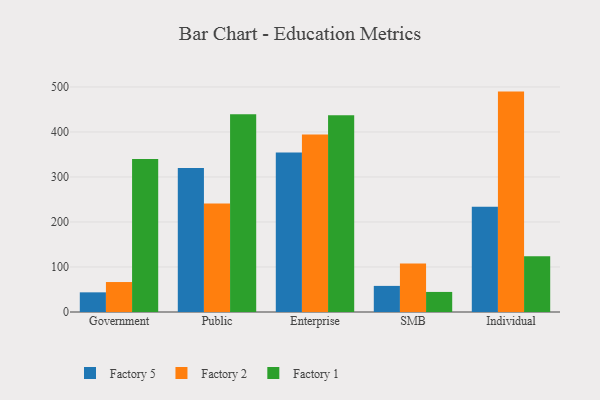
{"axis": {"x": "Segment", "y": "Waste Production (Tons)"}, "legend": ["Factory 1", "Factory 2", "Factory 5"], "data": [{"x": "Government", "y": 43.7, "type": "Factory 5"}, {"x": "Government", "y": 66.6, "type": "Factory 2"}, {"x": "Government", "y": 340.1, "type": "Factory 1"}, {"x": "Public", "y": 319.9, "type": "Factory 5"}, {"x": "Public", "y": 240.9, "type": "Factory 2"}, {"x": "Public", "y": 439.7, "type": "Factory 1"}, {"x": "Enterprise", "y": 354.5, "type": "Factory 5"}, {"x": "Enterprise", "y": 394.2, "type": "Factory 2"}, {"x": "Enterprise", "y": 437.1, "type": "Factory 1"}, {"x": "SMB", "y": 58.0, "type": "Factory 5"}, {"x": "SMB", "y": 107.7, "type": "Factory 2"}, {"x": "SMB", "y": 44.6, "type": "Factory 1"}, {"x": "Individual", "y": 233.7, "type": "Factory 5"}, {"x": "Individual", "y": 489.8, "type": "Factory 2"}, {"x": "Individual", "y": 124.1, "type": "Factory 1"}]}